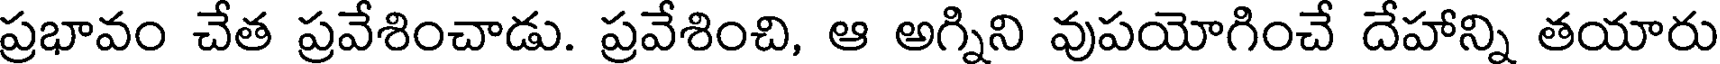
ప్రభావం చేత ప్రవేశించాడు. ప్రవేశించి, ఆ అగ్నిని వుపయోగించే దేహాన్ని తయారు